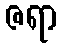
ဇရာ